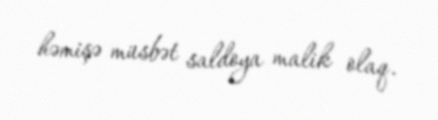
həmişə müsbət saldoya malik olaq.